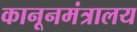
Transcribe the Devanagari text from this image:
कानूनमंत्रालय